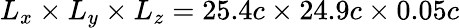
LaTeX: L_{x}\times L_{y}\times L_{z}=25.4c\times 24.9c\times 0.05c